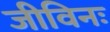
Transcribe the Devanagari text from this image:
जीविनः